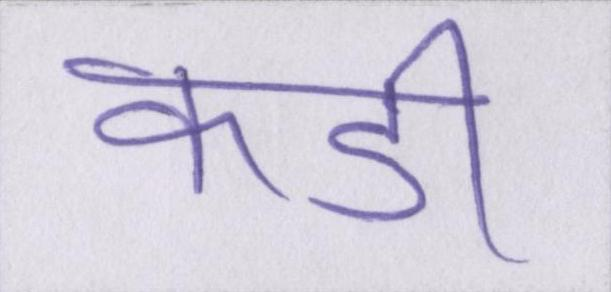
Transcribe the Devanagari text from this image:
कडी